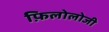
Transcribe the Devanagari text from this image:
फ़िलोलोजी